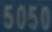
5050